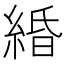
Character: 緍